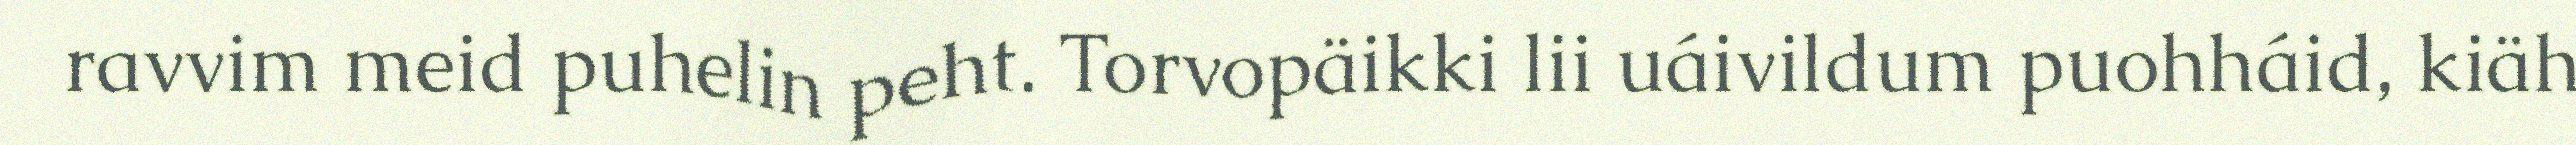
ravvim meid puhelin peht. Torvopäikki lii uáivildum puohháid, kiäh